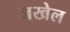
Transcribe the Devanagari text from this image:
जखेल